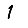
Digit: 1